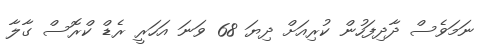
ނަމަވެސް ދާދިފަހުން ކުރިއަށް ދިޔަ 68 ވަނަ އަހަރީ ރެޑް ކްރޮސް ގާލާ